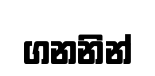
ගනනින්